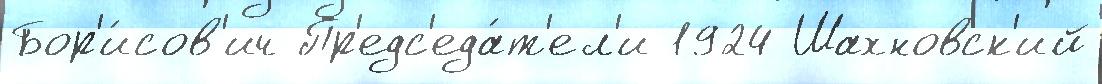
Бор'и́сов'ич Пр'едс'еда́т'ел'и 1924 Шахновск'ий